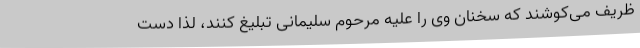
ظریف می‌کوشند که سخنان وی را علیه مرحوم سلیمانی تبلیغ کنند، لذا دست